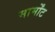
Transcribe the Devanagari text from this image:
मार्मोंट